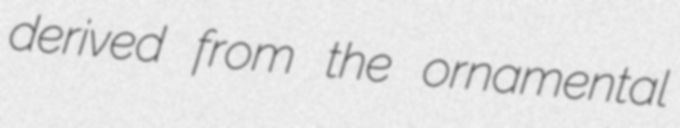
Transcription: derived from the ornamental